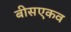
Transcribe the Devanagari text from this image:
बीसएकव